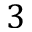
3